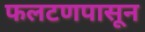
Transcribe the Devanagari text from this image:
फलटणपासून